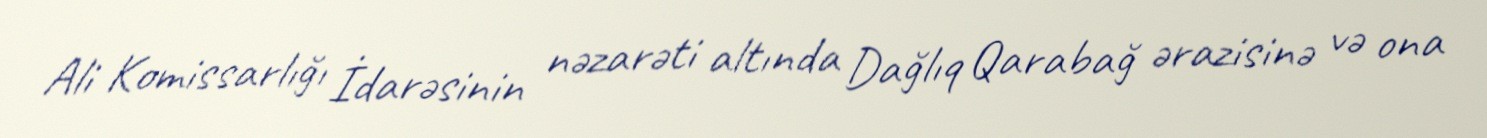
Ali Komissarlığı İdarəsinin nəzarəti altında Dağlıq Qarabağ ərazisinə və ona